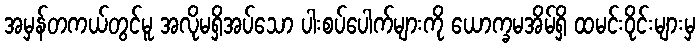
အမှန်တကယ်တွင်မူ အလိုမရှိအပ်သော ပါးစပ်ပေါက်များကို ယောက္ခမအိမ်ရှိ ထမင်းဝိုင်းများမှ